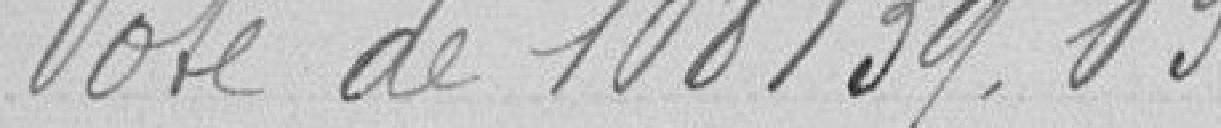
Vote de 108 139.03